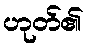
ဟုတ်၏